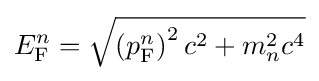
E_{\text{F}}^{n}={\sqrt {\left(p_{\text{F}}^{n}\right)^{2}c^{2}+m_{n}^{2}c^{4}}}